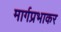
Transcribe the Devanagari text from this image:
मार्गप्रभाकर